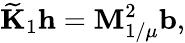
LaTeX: \widetilde{\mathbf{K}}_{1}\mathbf{h}=\mathbf{M}_{1/\mu}^{2}\mathbf{b},